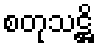
စတုသဋ္ဌိ